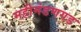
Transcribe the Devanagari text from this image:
महीमंडणगड